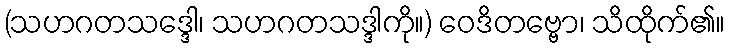
(သဟဂတသဒ္ဒေါ၊ သဟဂတသဒ္ဒါကို။) ဝေဒိတဗ္ဗော၊ သိထိုက်၏။